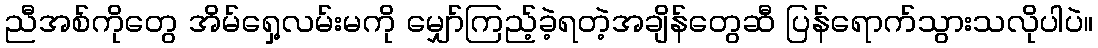
ညီအစ်ကိုတွေ အိမ်ရှေ့လမ်းမကို မျှော်ကြည့်ခဲ့ရတဲ့အချိန်တွေဆီ ပြန်ရောက်သွားသလိုပါပဲ။